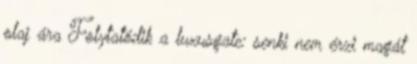
olaj ára Folytatódik a luxusgate: senki nem érzi magát